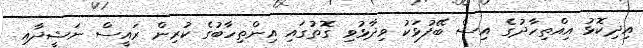
އިދިކޮޅު އިއްތިހާދުގެ އިސް ބޭފުޅަކު ވިދާޅުވި ގޮތުގައި އިންތިހާބުގެ ކުރިން ރައީސް ނަޝީދާއި